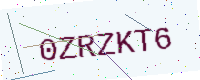
Text: 0ZRZKT6